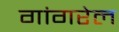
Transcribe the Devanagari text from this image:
गांगरेल